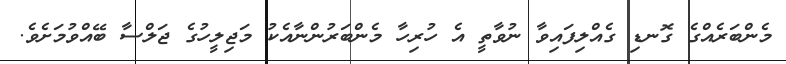
މެންބަރެއްގެ ގޮނޑި ގެއްލިފައިވާ ނުވާތީ އެ ހުރިހާ މެންބަރުންނާއެކު މަޖިލީހުގެ ޖަލްސާ ބޭއްވުމަށެވެ.